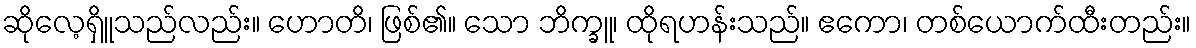
ဆိုလေ့ရှိူသည်လည်း။ ဟောတိ၊ ဖြစ်၏။ သော ဘိက္ခူ၊ ထိုရဟန်းသည်။ ဧကော၊ တစ်ယောက်ထီးတည်း။